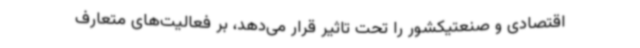
اقتصادی و صنعتیکشور را تحت تاثیر قرار می‌دهد، بر فعالیت‌های متعارف